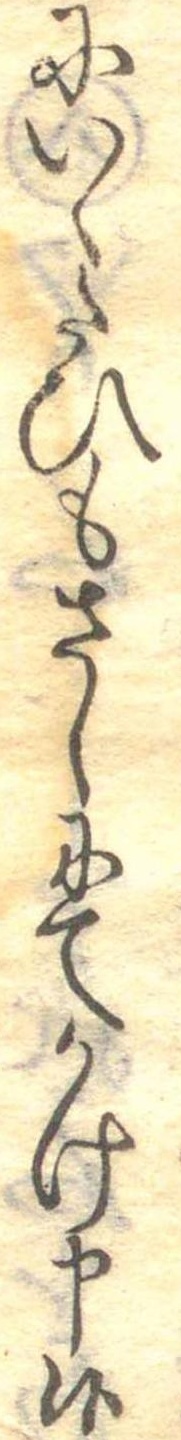
にいくたひもさしにてかけ申候